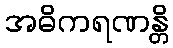
အဓိကရဏန္တိ